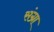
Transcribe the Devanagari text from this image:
संग्रा